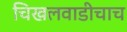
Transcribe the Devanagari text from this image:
चिखलवाडीचाच